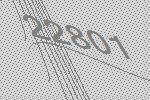
22801